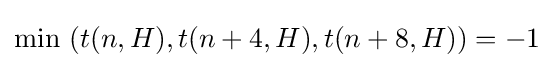
\min \ (t(n,H),t(n+4,H),t(n+8,H))=-1